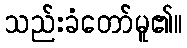
သည်းခံတော်မူ၏။